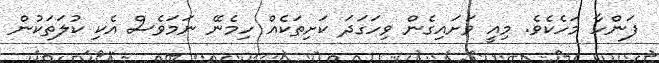
ފަންހާ މަހެކެވެ. މިއީ ވަށައިގެން ވިހަގަދަ ކަށިތަކެއް ހިމެނޭ ނަމަވެސް އެކި ކުލަތަކުން